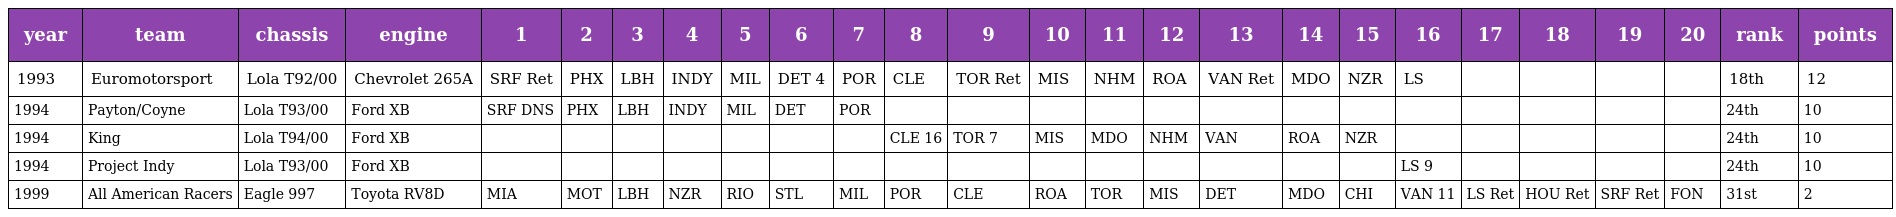
| year | team | chassis | engine | 1 | 2 | 3 | 4 | 5 | 6 | 7 | 8 | 9 | 10 | 11 | 12 | 13 | 14 | 15 | 16 | 17 | 18 | 19 | 20 | rank | points |
 | --- | --- | --- | --- | --- | --- | --- | --- | --- | --- | --- | --- | --- | --- | --- | --- | --- | --- | --- | --- | --- | --- | --- | --- | --- | --- |
 | 1993 | Euromotorsport | Lola T92/00 | Chevrolet 265A | SRF Ret | PHX | LBH | INDY | MIL | DET 4 | POR | CLE | TOR Ret | MIS | NHM | ROA | VAN Ret | MDO | NZR | LS |  |  |  |  | 18th | 12 |
 | 1994 | Payton/Coyne | Lola T93/00 | Ford XB | SRF DNS | PHX | LBH | INDY | MIL | DET | POR |  |  |  |  |  |  |  |  |  |  |  |  |  | 24th | 10 |
 | 1994 | King | Lola T94/00 | Ford XB |  |  |  |  |  |  |  | CLE 16 | TOR 7 | MIS | MDO | NHM | VAN | ROA | NZR |  |  |  |  |  | 24th | 10 |
 | 1994 | Project Indy | Lola T93/00 | Ford XB |  |  |  |  |  |  |  |  |  |  |  |  |  |  |  | LS 9 |  |  |  |  | 24th | 10 |
 | 1999 | All American Racers | Eagle 997 | Toyota RV8D | MIA | MOT | LBH | NZR | RIO | STL | MIL | POR | CLE | ROA | TOR | MIS | DET | MDO | CHI | VAN 11 | LS Ret | HOU Ret | SRF Ret | FON | 31st | 2 |